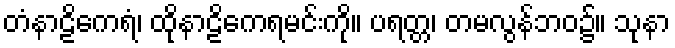
တံနာဠိကေရံ၊ ထိုနာဠိကေရမင်းကို။ ပရတ္တ၊ တမလွန်ဘဝ၌။ သုနာ